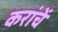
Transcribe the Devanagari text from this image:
करांचें